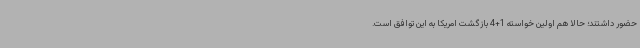
حضور داشتند؛ حالا هم اولین خواسته 1+4 بازگشت امریکا به این توافق است.